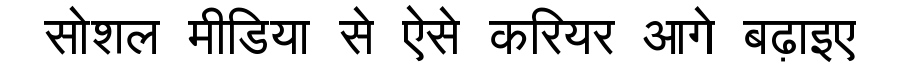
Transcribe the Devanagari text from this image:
सोशल मीडिया से ऐसे करियर आगे बढ़ाइए